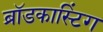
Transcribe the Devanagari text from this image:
ब्राॅडकास्टिंग